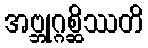
အဗ္ဘုဂ္ဂစ္ဆိဿတိ